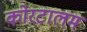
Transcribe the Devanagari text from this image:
कोरटालम